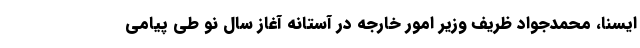
ایسنا، محمدجواد ظریف وزیر امور خارجه در آستانه آغاز سال نو طی پیامی